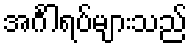
အင်္ဂါရပ်များသည်